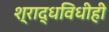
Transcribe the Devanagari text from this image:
श्राद्धविधीही